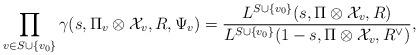
LaTeX: \begin{align*} \prod_{v\in S \cup \{v_0\}} \gamma( s, \Pi_v \otimes \mathcal{X}_v , R, \Psi_v) = \frac{L^{S \cup \{ v_0\}}( s, \Pi \otimes \mathcal{X}_v, R)}{L^{S \cup \{v_0 \}}( 1-s ,\Pi \otimes \mathcal{X}_v, R^{\vee})}, \end{align*}